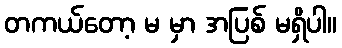
တကယ်တော့ မ မှာ အပြစ် မရှိပါ။